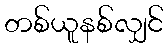
တစ်ယူနစ်လျှင်